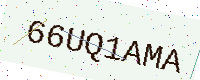
Text: 66UQ1AMA